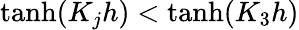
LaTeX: \operatorname{tanh}(K_{j}h)<\operatorname{tanh}(K_{3}h)